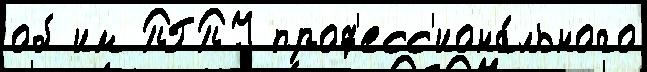
об им ПГПУ проф'есс'иона́льного